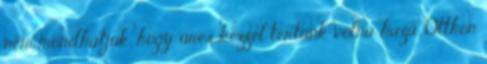
nem mondhatjuk, hogy üres kézzel tértünk volna haza. Otthon